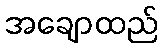
အချောထည်